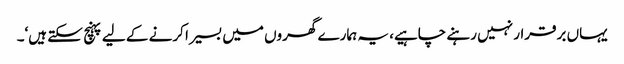
یہاں برقرار نہیں رہنے چاہیے، یہ ہمارے گھروں میں بسیرا کرنے کے لیے پہنچ سکتے ہیں‘۔